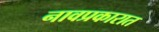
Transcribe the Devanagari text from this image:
नावप्रकारात